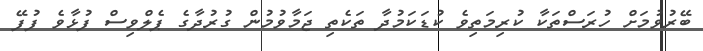
ބޭރުވުމަށް ހުރަސްތަކާ ކުރިމަތިވެ ކުޑަކަމުދާ ތަކެތި ޖަމާވުމުން ގުރުދާގެ ޕެލްވިސް ފުޅާވެ ފުފޭ